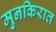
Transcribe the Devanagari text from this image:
मुनकिरात